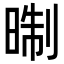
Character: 㫼